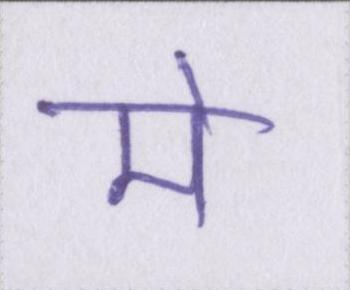
मे